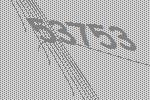
53753